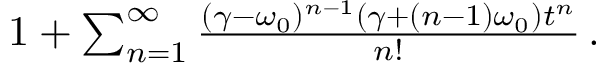
\begin{array} { r } { 1 + \sum _ { n = 1 } ^ { \infty } \frac { ( \gamma - \omega _ { 0 } ) ^ { n - 1 } ( \gamma + ( n - 1 ) \omega _ { 0 } ) t ^ { n } } { n ! } \, . \qquad } \end{array}